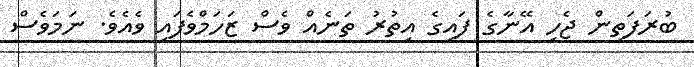
ބުރަފަތިން ޖެހި އޭނާގެ ފައިގެ އިތުރު ތަނެއް ވެސް ޒަހަމްވެފައި ވެއެވެ. ނަމަވެސް